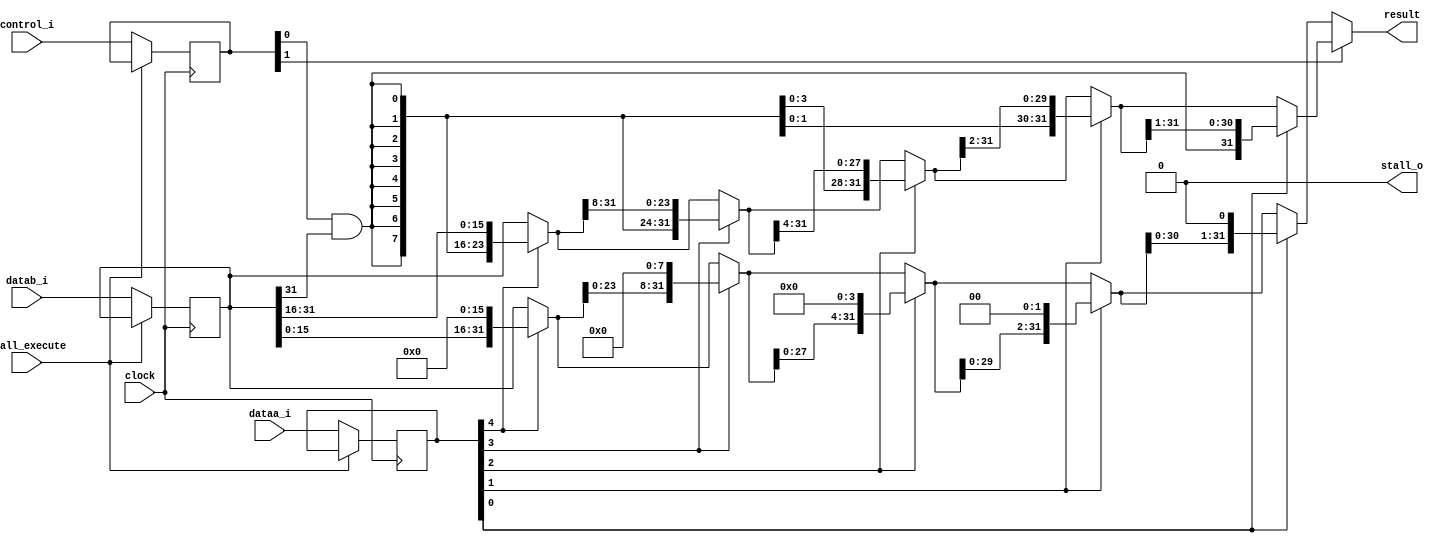
module ztiger_shifter(	
	input         clock, stall_execute,
	input  [2:0]  control_i,
	input  [4:0]  dataa_i,
	input  [31:0] datab_i,
	output [31:0] result,
	output        stall_o
);

	parameter SPEED_UP = 0;

	reg [31:0] src;		// source data
	reg [4:0]  amt;		// number of bits to shift by
	reg [2:0]  control;
	always @ (posedge clock)
	begin
		if(stall_execute)
		begin
			// stall
		end
		else begin
			src <= datab_i;
			amt <= dataa_i;
			control <= control_i;
		end
	end

	wire dir       = control[1];	// direction to shift (0 = left; 1 = right)
	wire alusigned = control[0];	// signed shift? 0 = unsigned; 1 = signed

	// fill bit for right shifts
	wire fillbit = alusigned & src[31]; 

	// do a right shift by shifting 0-5 times
	wire [31:0] right16;
	wire [31:0] right8;
	wire [31:0] right4;
	wire [31:0] right2;
	wire [31:0] right1;
	wire [31:0] right;
	reg  [31:0] right_reg;
	
	assign right16 = amt[4] ? {{16{fillbit}} , src[31:16]}    : src;
	assign right8  = amt[3] ? {{8{fillbit}}  , right16[31:8]} : right16;
	assign right4  = amt[2] ? {{4{fillbit}}  , right8[31:4]}  : right8;
	assign right2  = amt[1] ? {{2{fillbit}}  , right4[31:2]}  : right4;
	assign right1  = amt[0] ? {{1{fillbit}}  , right2[31:1]}  : right2;

	assign right = right1;
	always @ (posedge clock)
	begin
		right_reg <= right;
	end

	// do a left shift by shifting 0-5 times
	wire [31:0] left16;
	wire [31:0] left8;
	wire [31:0] left4;
	wire [31:0] left2;
	wire [31:0] left1;
	wire [31:0] left;
	reg  [31:0] left_reg;
	
	assign left16 = amt[4] ? {src[15:0]    , 16'b0} : src;
	assign left8  = amt[3] ? {left16[23:0] , 8'b0}  : left16;
	assign left4  = amt[2] ? {left8[27:0]  , 4'b0}  : left8;
	assign left2  = amt[1] ? {left4[29:0]  , 2'b0}  : left4;
	assign left1  = amt[0] ? {left2[30:0]  , 1'b0}  : left2;

	assign left = left1;
	always @ (posedge clock)
	begin
		left_reg <= left;
	end
	
	// select the correct shift output
generate
	if(SPEED_UP == 1)
	begin: pipeline_shifter
		
		assign result = dir ? right_reg : left_reg;

		reg first_stall;
		always @ (posedge clock)
		begin
			if(stall_execute)
				first_stall <= 1'b0;	
			else
				first_stall <= control_i[2];
		end		
		
		assign stall_o = first_stall;
	end
	else begin: comb_shifter
		assign result  = dir ? right : left;
		assign stall_o = 1'b0;
	end
endgenerate
	
endmodule